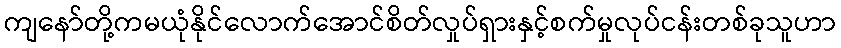
ကျနော်တို့ကမယုံနိုင်လောက်အောင်စိတ်လှုပ်ရှားနှင့်စက်မှုလုပ်ငန်းတစ်ခုသူဟာ